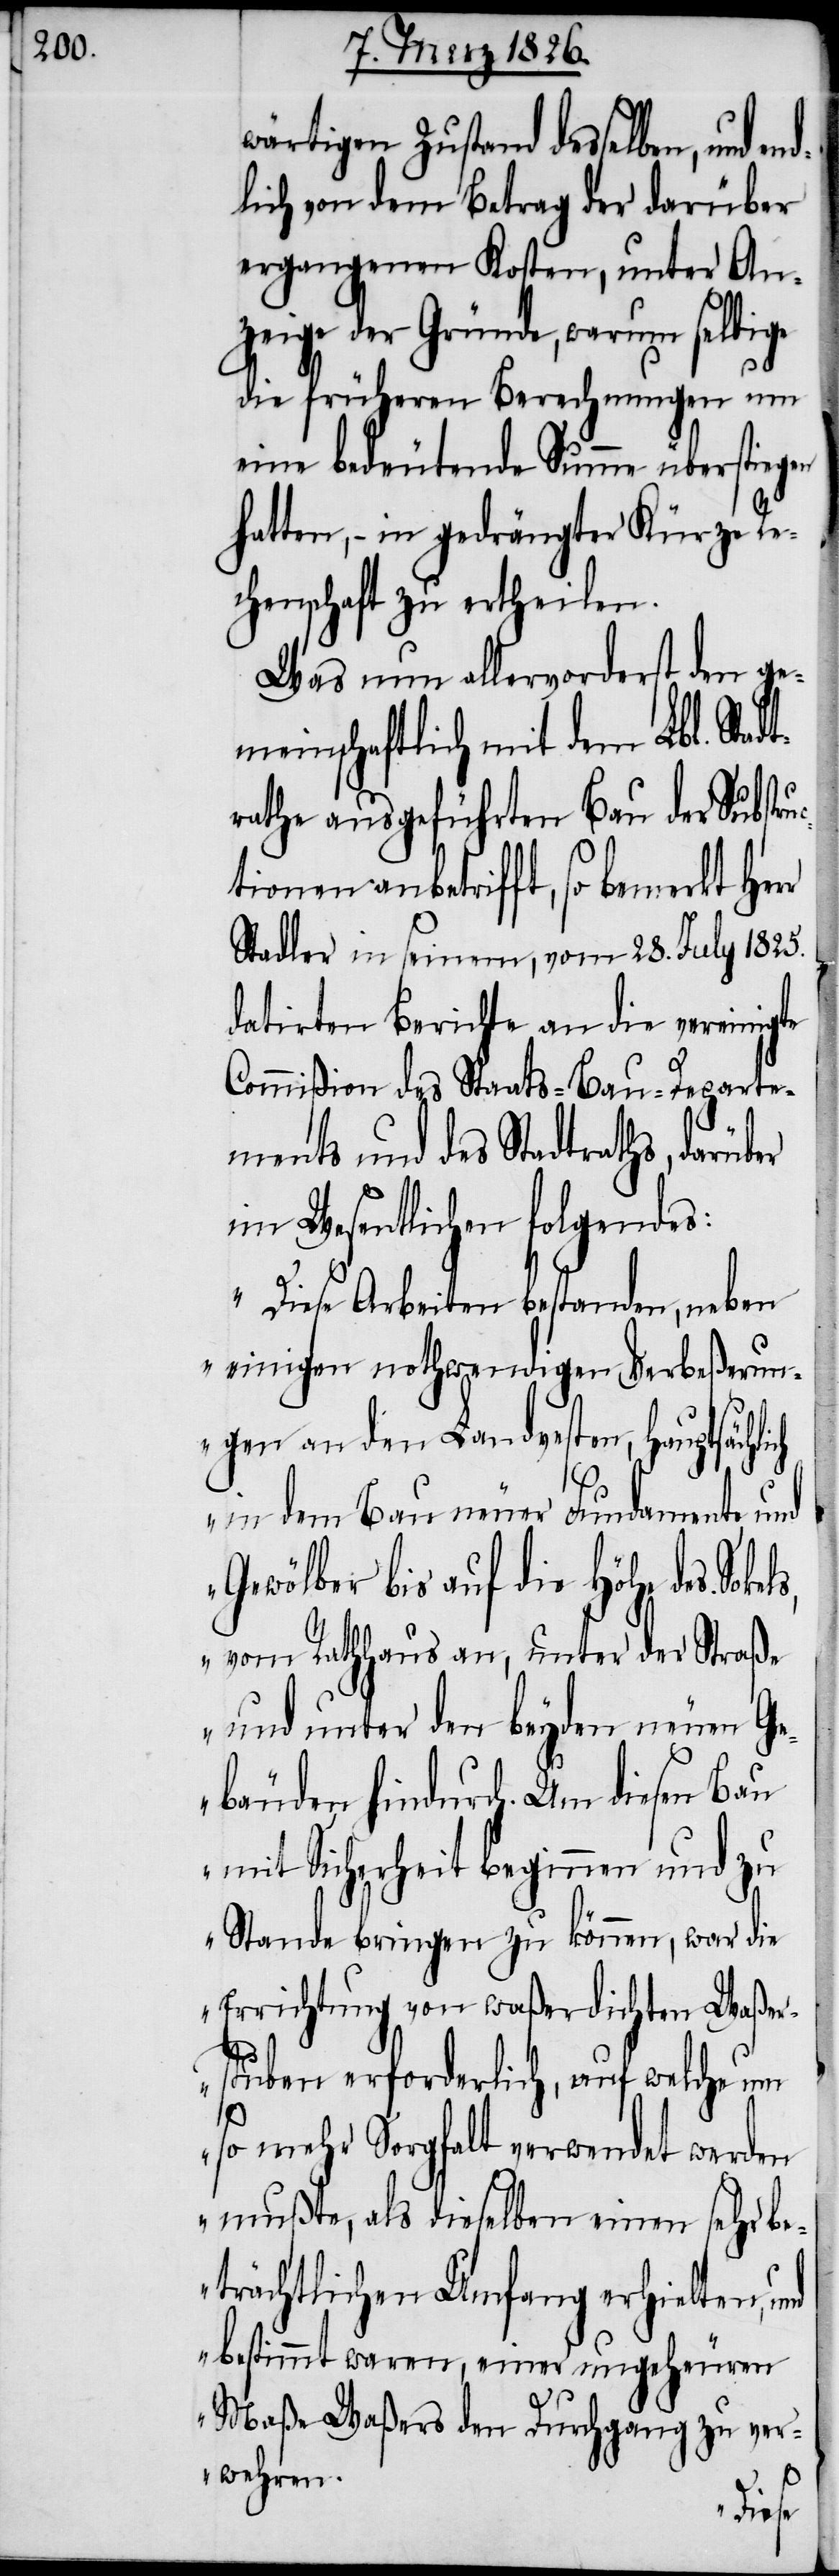
wärtigen Zustand desselben, und
lich von dem Betrag der darüber
ergangenen Kosten, unter An¬
zeige der Gründe, warum selbige
die früheren Berechnungen um
eine bedeutende Summe überstiegen
hatten, – in gedrängter Kürze Re¬
chenschaft zu ertheilen.
Was nun allervorderst den ge¬
meinschaftlich mit dem Lbl. Stadt¬
rathe ausgeführten Bau der Substru¬
tionen anbetrifft, so bemerkt Her¬
Stadler in seinem, vom 28. July 1825.
datirten Berichte an die vereinigte
Commißion des Staats-Bau-Departe¬
ments und des Stadtraths, darüber
im Wesentlichen folgendes:
„Diese Arbeiten bestanden, neben
einigen nothwendigen Verbeßerun¬
gen an den Landvesten, hauptsächl¬
in dem Bau neuer Fundamente, und
Gewölber bis auf die Höhe des
vom Rathhaus an, unter der Straße
und unter den beyden neuen Ge¬
bäuden hindurch. Um diesen Bau
mit Sicherheit beginnen und zu
Stande bringen zu können, war die
Errichtung von waßerdichten Waßer¬
stuben erforderlich, auf welche um
ich
so mehr Sorgfalt verwendet werden
mußte, als dieselben einen sehr be¬
trächtlichen Umfang erhielten, und
bestimmt waren, einer ungeheuren
Maße Waßers den Durchgang zu ver¬
wehren.
end¬